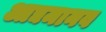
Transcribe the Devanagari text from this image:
आद्यमानव